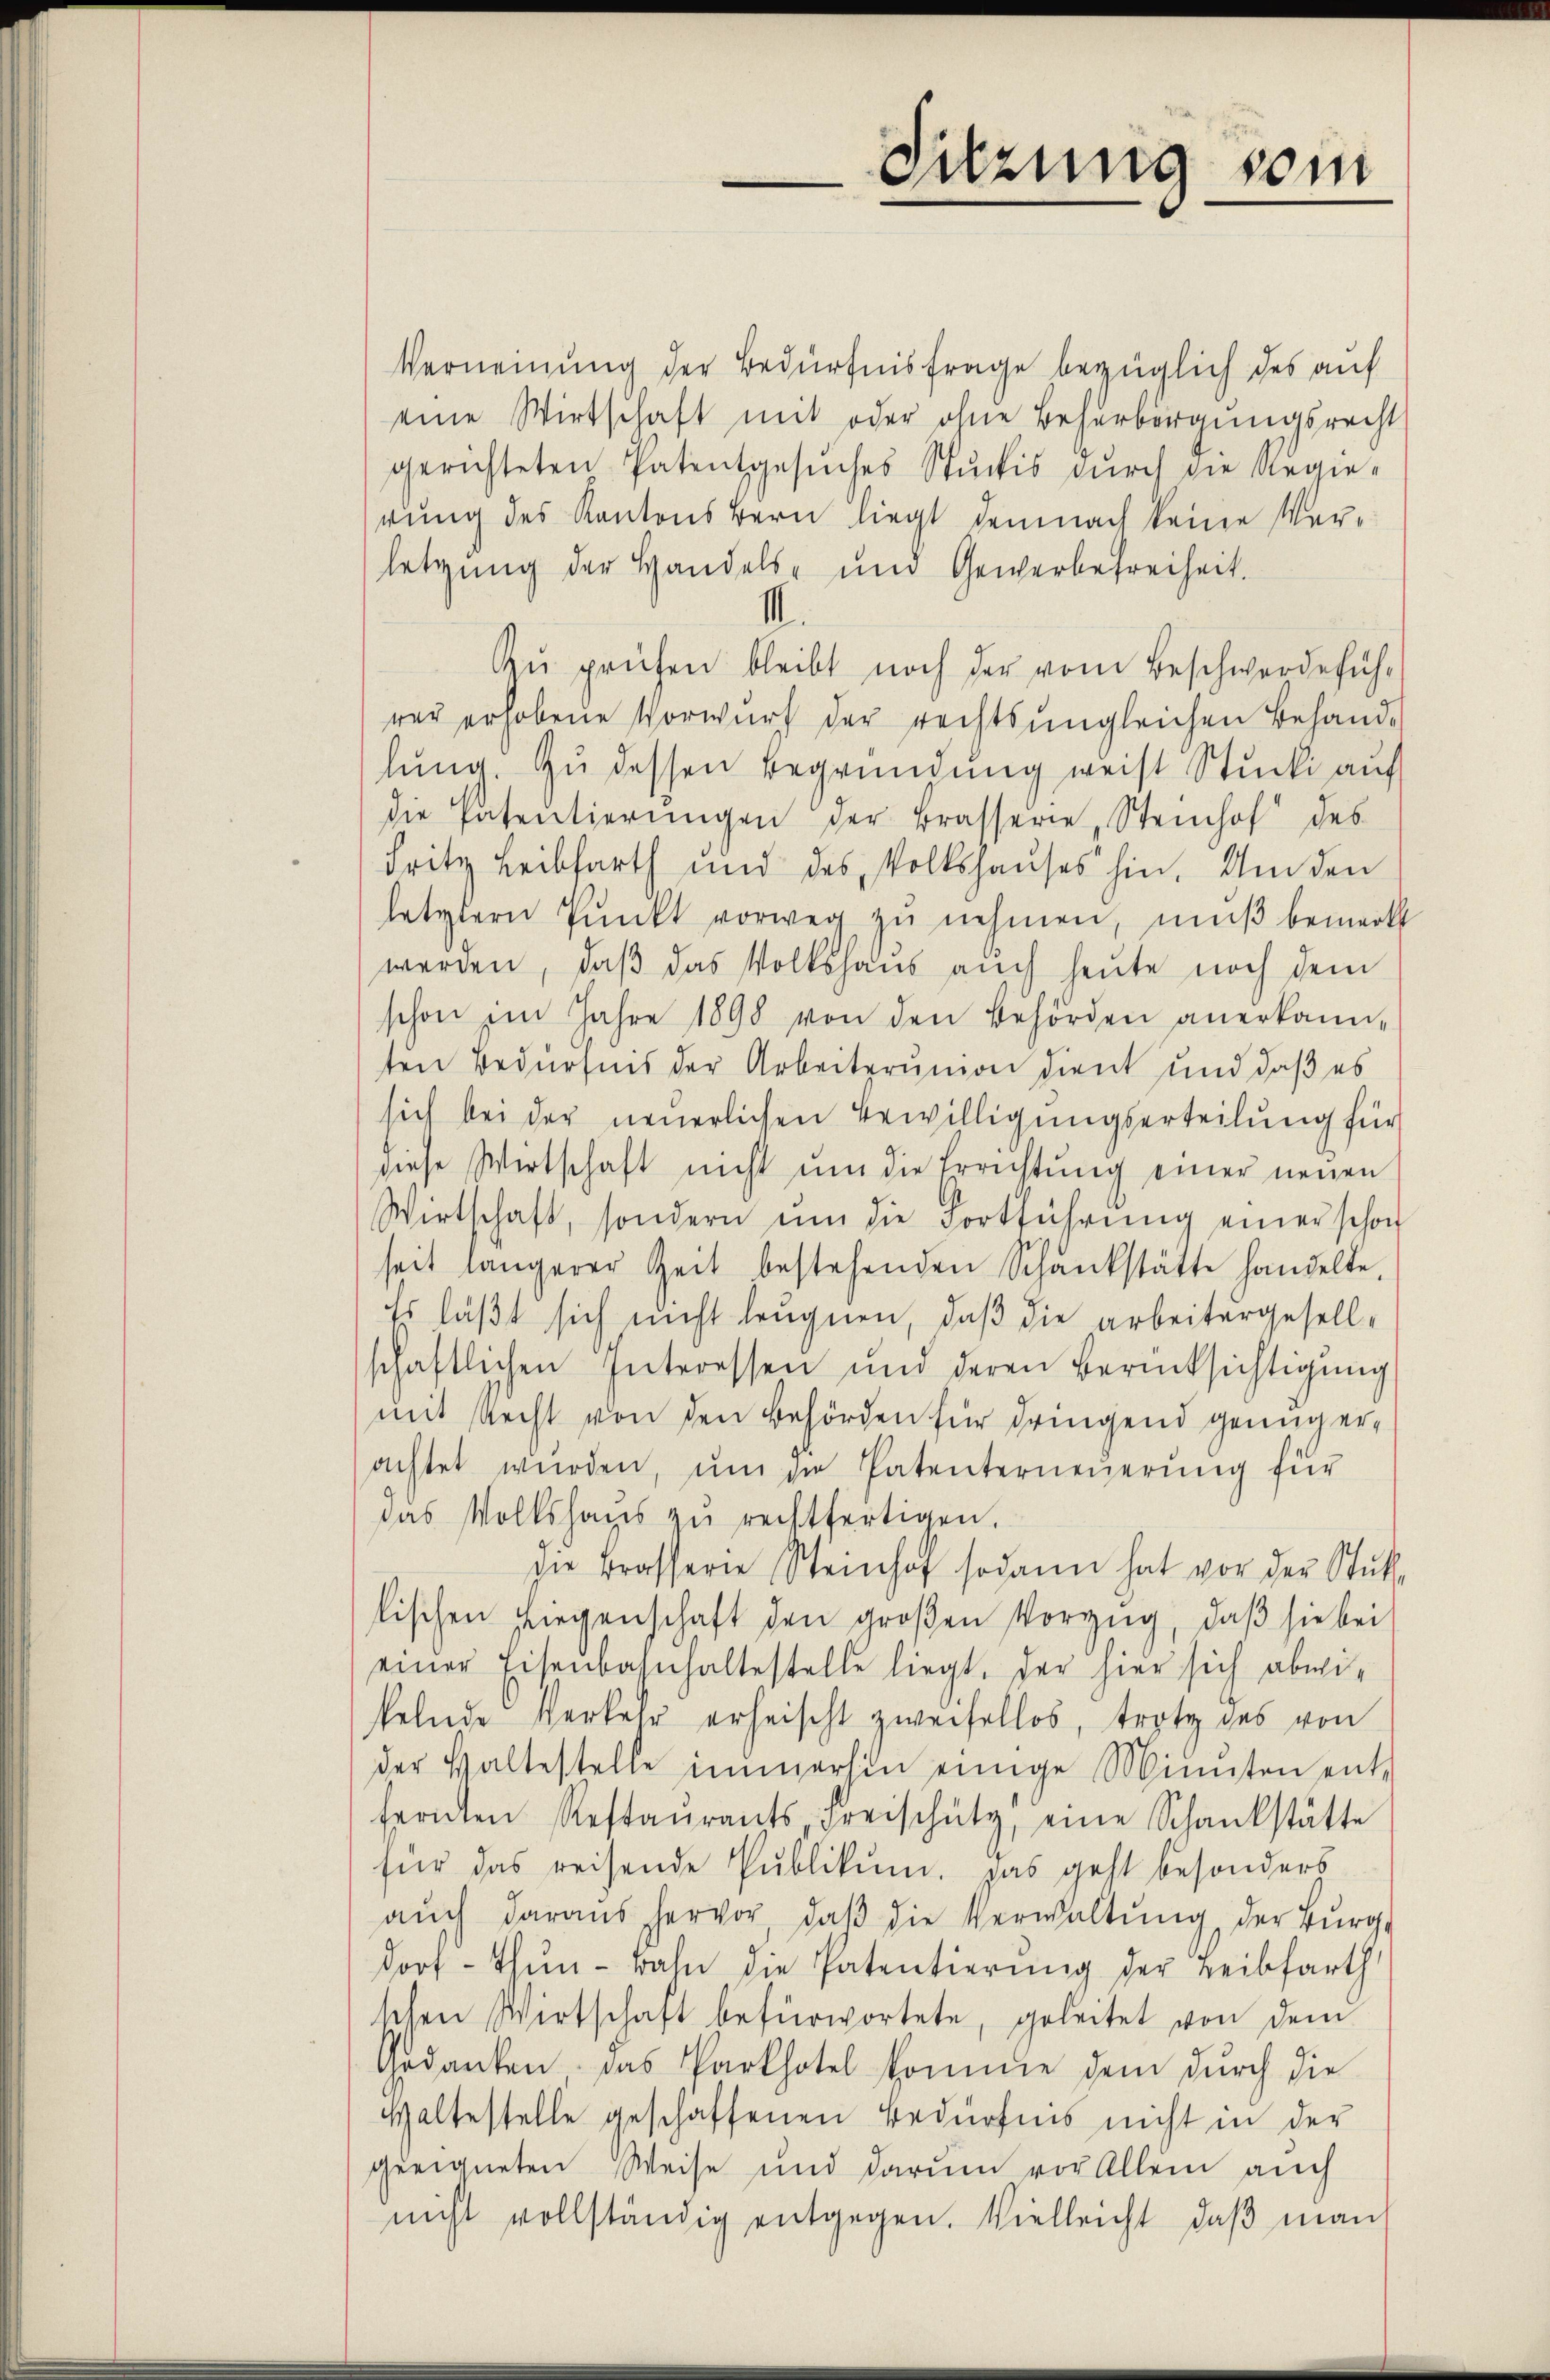
—
Suzung sein

Verneinung der Bedürfnisfrage bezüglich des auf
eine Wirtschaft mit oder ohne Beherbergungsrecht
gerichteten Patentgesŭches Stückis dŭrch die Regie-
rung des Kantons Bern liegt demnach keine Verletzung der Handels- und Gewerbefreiheit.
1
Zŭ prüfen bleibt noch der vom Beschwerdeführ
rer erhobene Vorwurf der rechts ungleichen Behandlung. Zu dessen Begründung weist Stucki auf
die Patentierŭngen der Brassere Steinhof des
Fritz Leibfarth und des Volkshauses hin. Um den
letztern Pŭnkt vorweg zŭ nehmen, mŭβ bemerkt
werden, daß das Volkshaus auch heute noch dem
schon im Jahre 1898 von den Behörden anerkann-
ten Bedürfnis der Arbeiterumon dient und daß es
sich bei der neuerlichen Bewilligungserteilung für
diese Wirtschaft nicht ŭm die Errichtung einer neuen
Wirtschaft, sondern ŭm die Fortführŭng einer schon
seit längerer Zeit bestehenden Schankstätte handelte,
Ess läßt sich nicht leugnen, daß die arbeitergesellschaftlichen Interessen und deren Berücksichtigung
mit Recht von den Behörden für dringend genug erachtet würden, ŭm zu Patenterneŭerŭng für
das Volkshaŭs zŭ rechtfertigen.
die Brassere Steinhof sodann hat vor der Stŭte
lischen Liegenschaft den großen Vorzug, daß sie bei
einer Eisenbahnhaltestelle liegt, der hier sich abwi-
kelnde Verkehr erheischt zweifellos, trotz des von
der Waltestelle immerhin einige Minuten ent-
fernten Restaŭrants Freischütz, eine Schankstätte
für das reisende Publikum. Das geht besonders
aŭch daraŭs hervor, daβ die Verwaltŭng der Burg-
dorf - thŭn - bahn die Patentierŭng der Leibfarth
schen Wirtschaft befürwortete, geleitet von dem
Gedanken. Das Parkhotel komme dem dŭrch die
Waltestelle geschaffenen Bedürfnis nicht in der
geeigneten Weise und darum vor Allein auch
nicht vollständig entgegen. Vielleicht, daβ man